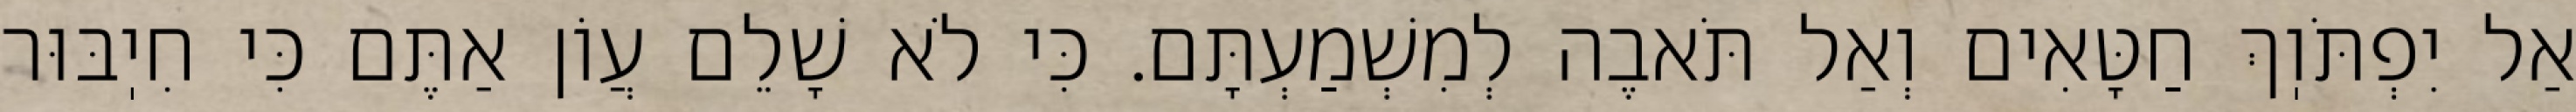
אַל יִפְתֹּוֽךְ חַטָּאִים וְאַל תֹּאבֶה לְמִשְׁמַעְתָּם. כִּי לֹא שָׁלֵם עֲוֹן אַתֶּם כִּי חִיֽבּוּר